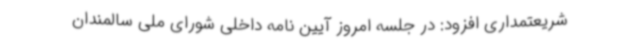
شریعتمداری افزود: در جلسه امروز آیین نامه داخلی شورای ملی سالمندان